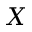
X